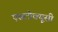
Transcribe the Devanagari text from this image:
एसटीक्यूसी